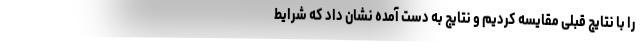
را با نتایج قبلی مقایسه کردیم و نتایج به دست آمده نشان داد که شرایط